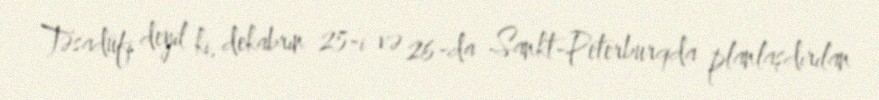
Təsadüfi deyil ki, dekabrın 25-i və 26-da Sankt-Peterburqda planlaşdırılan